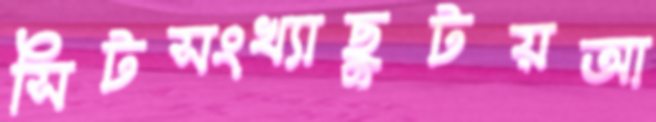
সিটসংখ্যাছুটয়আ